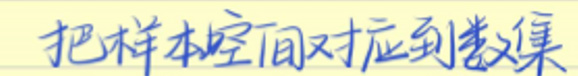
把样本空间对应到集合